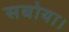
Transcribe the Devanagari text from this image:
सबोया।